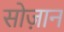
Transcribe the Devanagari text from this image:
सोज़ान